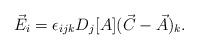
LaTeX: \begin{align*}\vec{E}_{i}=\epsilon_{ijk}D_{j}[A](\vec{C}-\vec{A})_{k} .\end{align*}